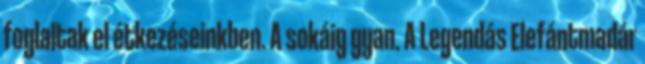
foglaltak el étkezéseinkben. A sokáig gyan. A Legendás Elefántmadár